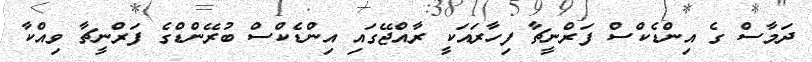
ދަމާސް ގެ އިންޑެކްސް ފަރްނީޗާ ފިހާރައަކީ ރާއްޖޭގައި އިންޑެކްސް ބުރޭންޑްގެ ފަރްނީޗާ ވިއްކާ